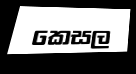
කෙසල